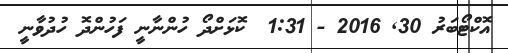
އޮކްޓޯބަރު 30